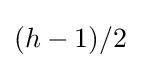
(h-1)/2~